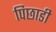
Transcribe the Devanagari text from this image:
पिछाडी